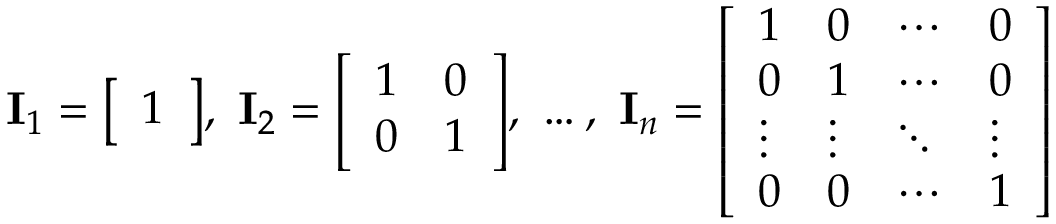
\mathbf { I } _ { 1 } = { \left[ \begin{array} { l } { 1 } \end{array} \right] } , \ \mathbf { I } _ { 2 } = { \left[ \begin{array} { l l } { 1 } & { 0 } \\ { 0 } & { 1 } \end{array} \right] } , \ \ldots , \ \mathbf { I } _ { n } = { \left[ \begin{array} { l l l l } { 1 } & { 0 } & { \cdots } & { 0 } \\ { 0 } & { 1 } & { \cdots } & { 0 } \\ { \vdots } & { \vdots } & { \ddots } & { \vdots } \\ { 0 } & { 0 } & { \cdots } & { 1 } \end{array} \right] }